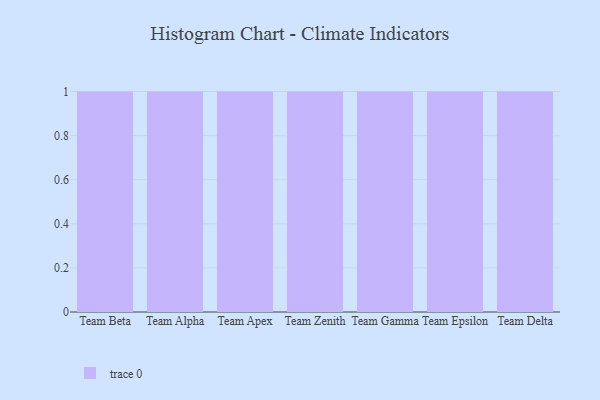
{"axis": {"x": "Team", "y": "LTV (USD)"}, "legend": [""], "data": [{"x": "Team Beta", "y": 46, "type": ""}, {"x": "Team Alpha", "y": 84, "type": ""}, {"x": "Team Apex", "y": 1, "type": ""}, {"x": "Team Zenith", "y": 99, "type": ""}, {"x": "Team Gamma", "y": 19, "type": ""}, {"x": "Team Epsilon", "y": 46, "type": ""}, {"x": "Team Delta", "y": 33, "type": ""}]}